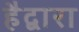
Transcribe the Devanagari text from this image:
हैद्वारा